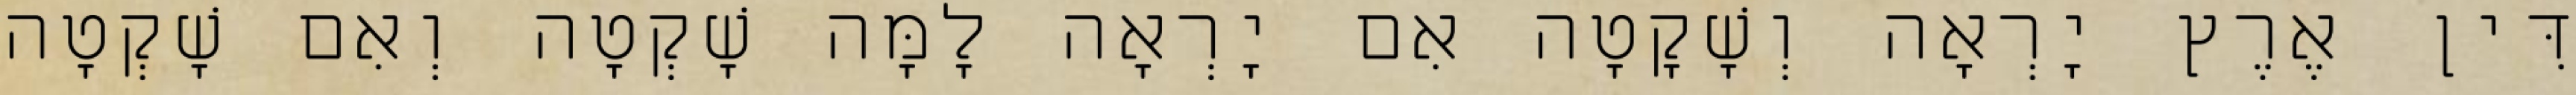
דִּין אֶרֶץ יָרְאָה וְשָׁקָטָה אִם יָרְאָה לָמָּה שָׁקְטָה וְאִם שָׁקְטָה